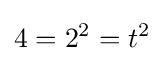
4=2^{2}=t^{2}